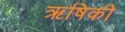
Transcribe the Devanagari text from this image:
ऋषिकी